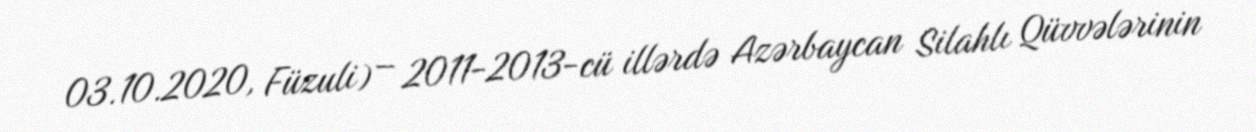
03.10.2020, Füzuli) – 2011-2013-cü illərdə Azərbaycan Silahlı Qüvvələrinin